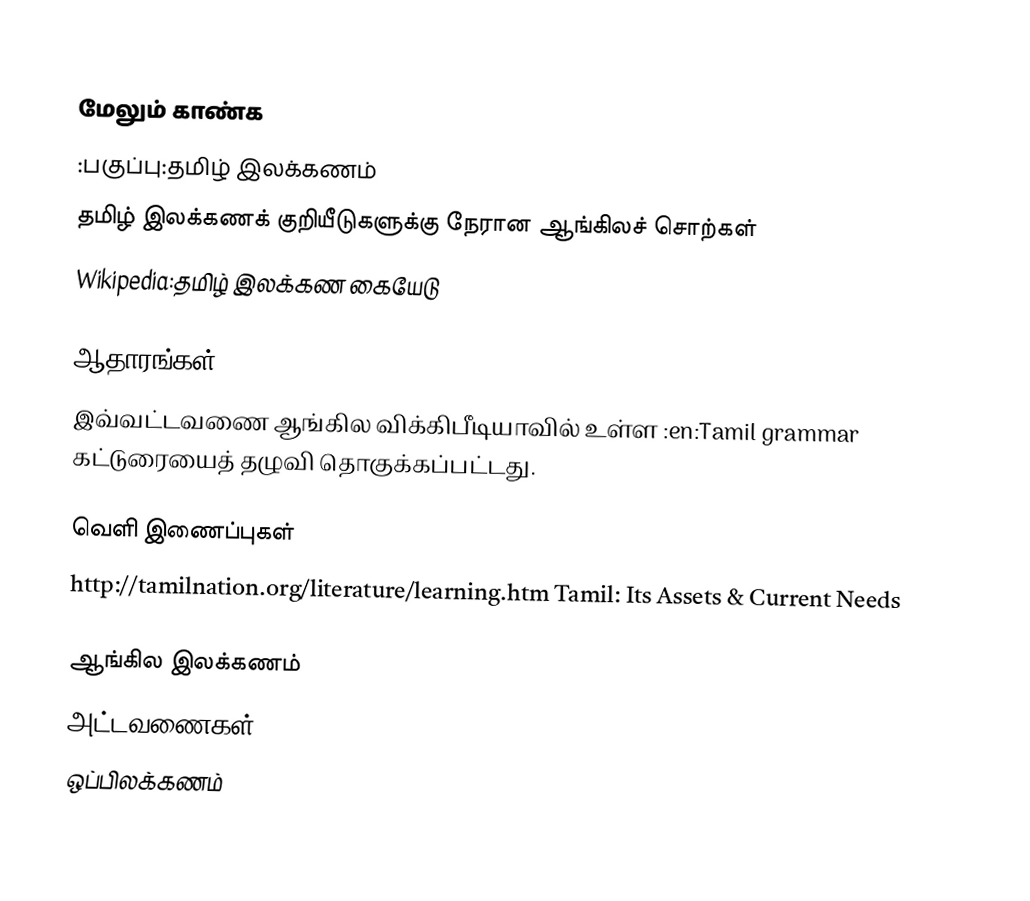

மேலும் காண்க
 :பகுப்பு:தமிழ் இலக்கணம்
 தமிழ் இலக்கணக் குறியீடுகளுக்கு நேரான ஆங்கிலச் சொற்கள்
 Wikipedia:தமிழ் இலக்கண கையேடு

ஆதாரங்கள்
இவ்வட்டவணை ஆங்கில விக்கிபீடியாவில் உள்ள :en:Tamil grammar கட்டுரையைத் தழுவி தொகுக்கப்பட்டது.

வெளி இணைப்புகள்
 http://tamilnation.org/literature/learning.htm Tamil: Its Assets & Current Needs

ஆங்கில இலக்கணம்
அட்டவணைகள்
ஒப்பிலக்கணம்